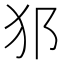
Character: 𤜡